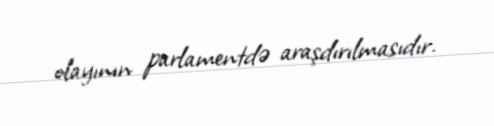
olayının parlamentdə araşdırılmasıdır.